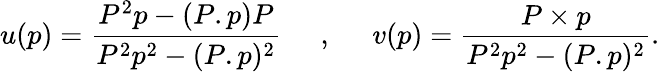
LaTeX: u(p)=\frac{P^{2}p-(P.p)P}{P^{2}p^{2}-(P.p)^{2}}\; \; \; \; \; ,\; \; \; \; \; v(p)=\frac{P\times p}{P^{2}p^{2}-(P.p)^{2}}.